Document type: Sale
Year: 1326
Scribe: Bartomeu Marc
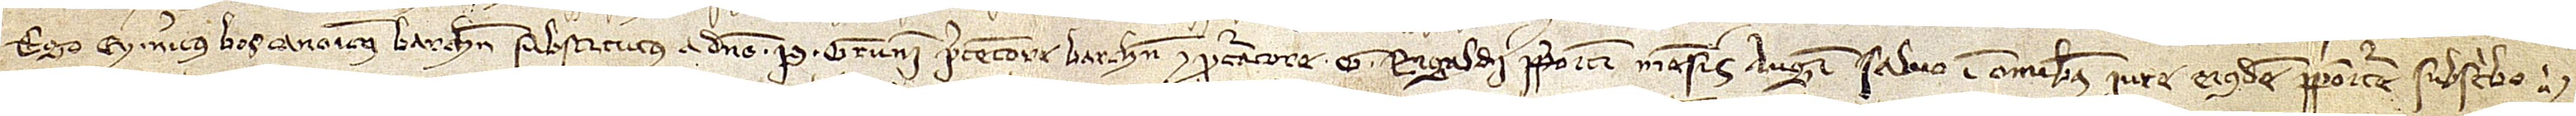
Ego Eymericus Bos, canonicus Barchinone, substitutus a domino P. Grunni, precentore Barchinone et procuratore G. Rigaldi, prepositi mensis augusti, salvo in omnibus iure eiusdem prepositure, subscribo.